system: You are a helpful assistant.
user:
Analyze the provided spectrum to determine if it is a **M-type Giant (gM)**.

A M-type Giant spectrum is defined by its **strong molecular absorption** features, particularly from **Titanium Oxide (TiO)**. You must check for one of the following mutually exclusive signatures:

- **Key Visual Indicators (Absorption-Dominated Spectrum):**

    - **(Primary):** The spectrum is dominated by strong molecular absorption from **Titanium Oxide (TiO)**. This is the **defining feature** of its M-type temperature class.
        - **(Key Bandheads):** Look for sharp, "saw-tooth" absorption valleys. The strongest are located near **~7050 Å**, **~6160 Å**, and **~5170 Å**.
        - **(Line Profile):** The "saw-tooth" morphology is critical: a **sharp, steep drop on the BLUE (short-wavelength) side** of the bandhead, followed by a gradual recovery (rising flux) towards the RED (long-wavelength) side.

    - **(Key Confirmation - Giant vs. Dwarf):** **ABSENCE** of strong **Calcium Hydride (CaH)** molecular bands. This is the primary diagnostic for *excluding* M-dwarfs.
        - **(Key Region):** The spectrum should lack the strong, broad absorption band seen in dwarfs between **~6800 Å and ~7000 Å**.

    - **(Secondary Confirmation - Giant):** A very strong and broad **Neutral Calcium (Ca I)** atomic absorption line.
        - **(Key Line):** Located at **~4226 Å**. In a giant (gM), this line is significantly deeper and broader than the same line in an M-dwarf (dM) due to low surface gravity.

    - **(Overall Spectrum):**
        - The continuum is **extremely red-sloping** (i.e., flux is very low in the blue and rises dramatically towards the red).
        - The entire spectrum appears "chopped up" by the deep TiO bands.

Think first, call **spectral_visualization_tool** if needed to examine features in detail, then provide your final answer. Your response must adhere to the following strict rules:
1.  **Overall Structure:** Your response must follow the format `<think>...</think> <tool_call>...</tool_call> (if a tool is used) <answer>...</answer>`.
2.  **Tool Usage Constraint:** You may only make **one** tool call per turn.
3.  **Final Answer Format:** In the `<answer>` tag, your conclusion must be inside a `\boxed{}` command (e.g., `\boxed{YES}` or `\boxed{NO}`), followed by your justification.

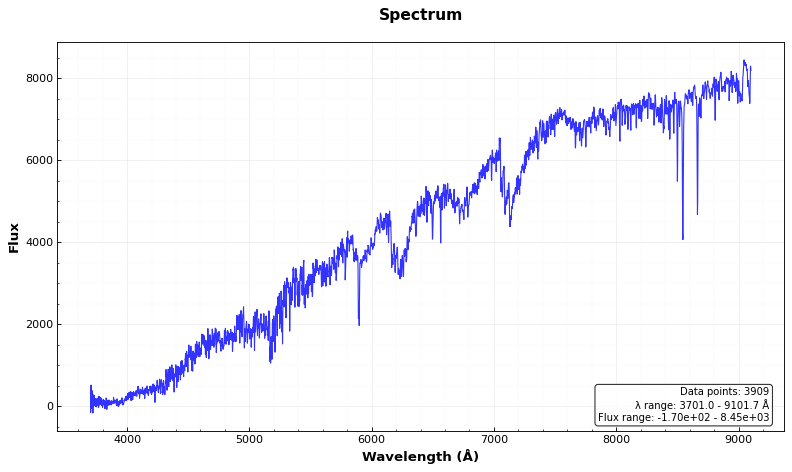
Answer: YES